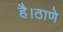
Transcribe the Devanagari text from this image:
है।ठाणे